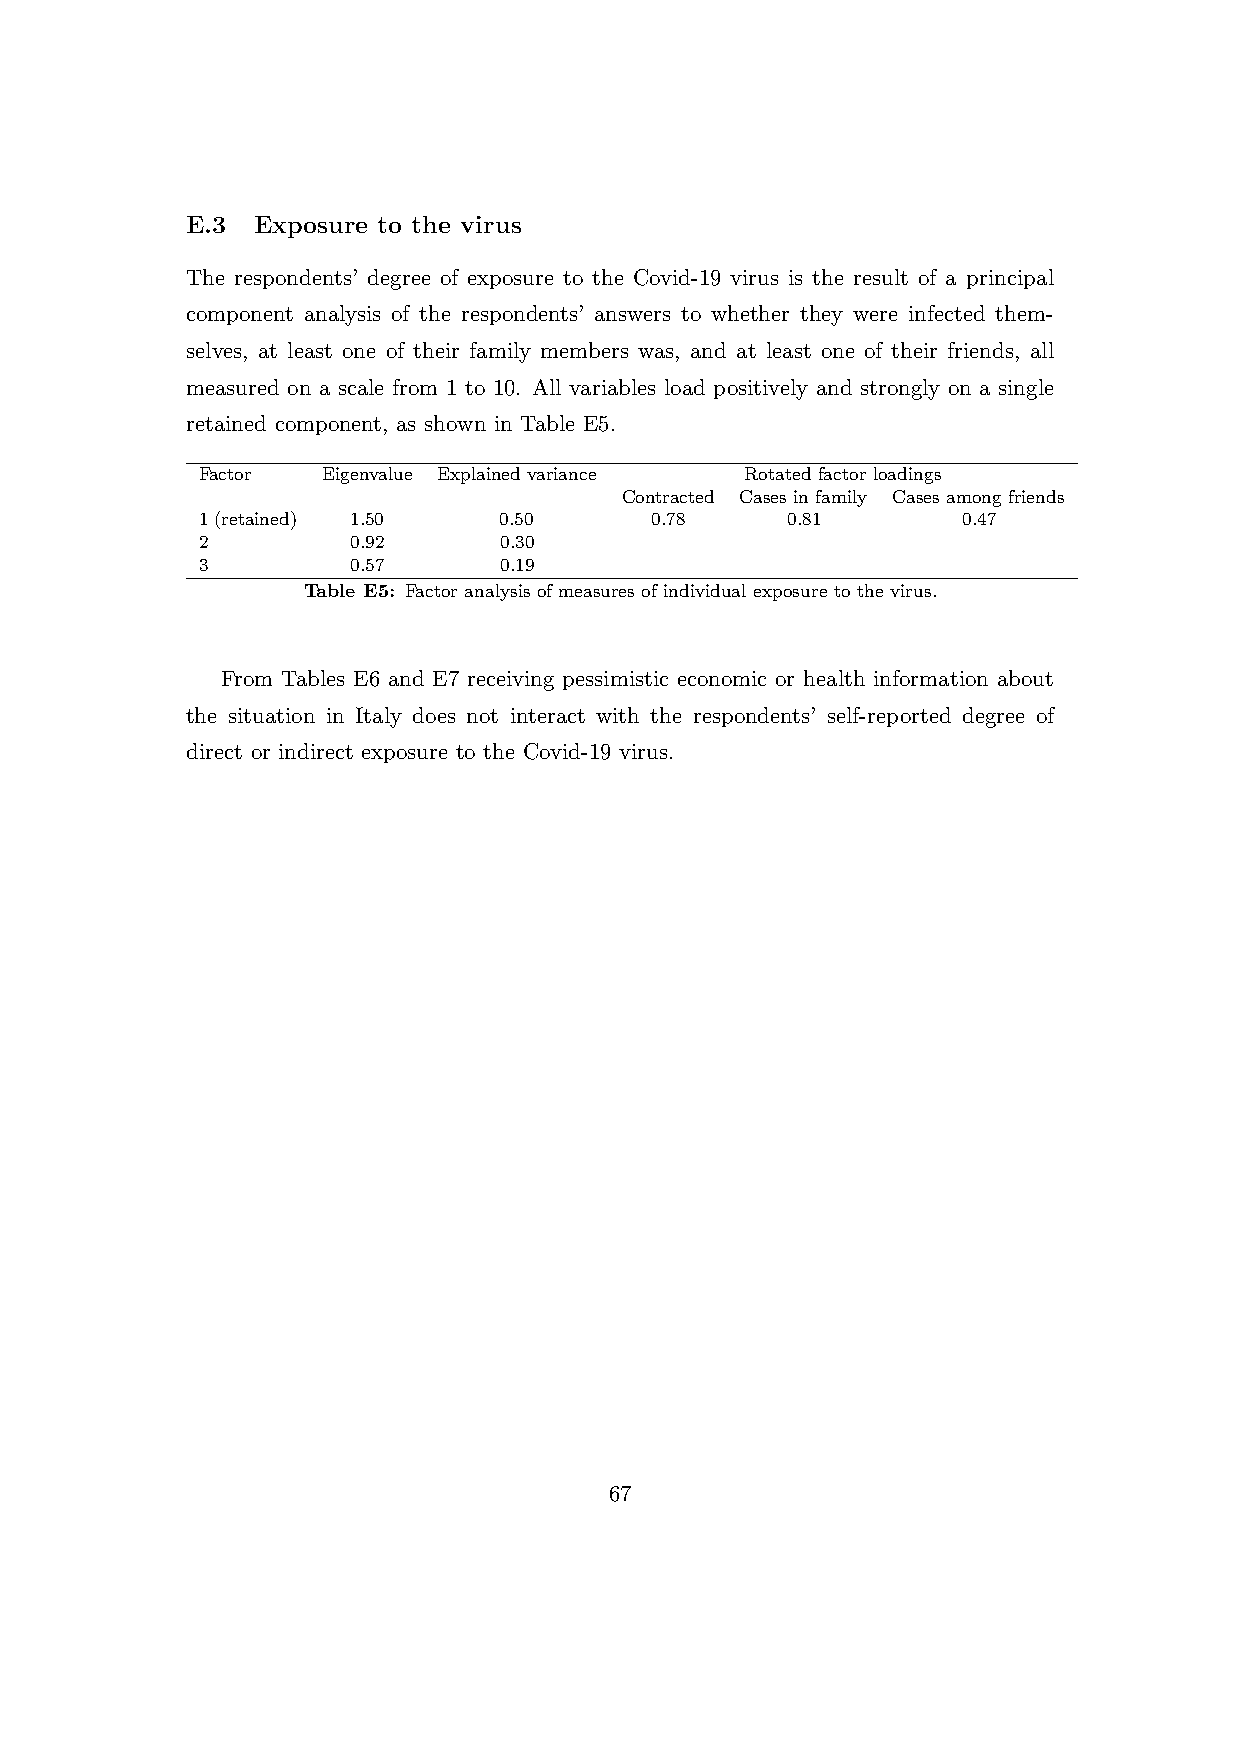
E.3  Exposure to the virus
 The respondents’ degree of exposure to the Covid-19 virus is the result of a principal
 component analysis of the respondents’ answers to whether they were infected them-
 selves, at least one of their family members was, and at least one of their friends, all
 measured on a scale from 1 to 10. All variables load positively and strongly on a single
 retained component, as shown in Table E5.
 Factor  Eigenvalue Explained variance Rotated factor loadings
 Contracted Cases in family Cases among friends
 1 (retained) 1.50   0.50      0.78     0.81        0.47
 2         0.92      0.30
 3         0.57      0.19
 Table E5: Factor analysis of measures of individual exposure to the virus.
 From Tables E6 and E7 receiving pessimistic economic or health information about
 the situation in Italy does not interact with the respondents’ self-reported degree of
 direct or indirect exposure to the Covid-19 virus.
 67